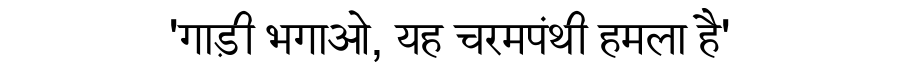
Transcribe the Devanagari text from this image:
'गाड़ी भगाओ, यह चरमपंथी हमला है'